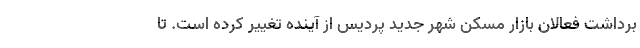
برداشت فعالان بازار مسکن شهر جدید پردیس از آینده تغییر کرده است. تا